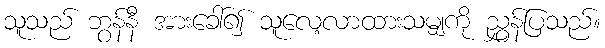
သူသည် ဘွန်နီ အားခေါ်၍ သူလေ့လာထားသမျှကို ညွှန်ပြသည်။